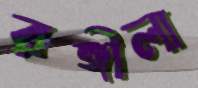
রঙ্গীলা